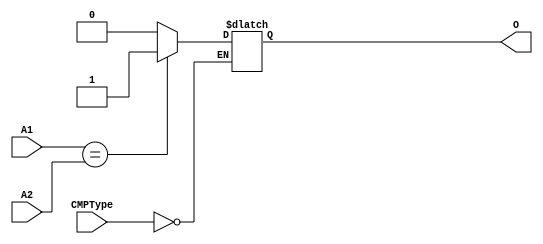
`timescale 1ns / 1ps
//////////////////////////////////////////////////////////////////////////////////
// Company: 
// Engineer: 
// 
// Design Name: 
// Module Name:    CMP 
// Project Name: 
// Target Devices: 
// Tool versions: 
// Description: 
//
// Dependencies: 
//
// Revision: 
// Revision 0.01 - File Created
// Additional Comments: 
//
//////////////////////////////////////////////////////////////////////////////////
`define BEQ 4'b0000
module CMP(
    input [31:0] A1,
    input [31:0] A2,
    input [3:0] CMPType,
    output reg O
    );
	 initial begin
		O = 1'b0;
	 end
	 always@(*) begin
		case (CMPType)
			`BEQ: begin
				if (A1 == A2) begin
					O = 1'b1;
				end
				else begin
					O = 1'b0;
				end
			end
			default: begin
			end
		endcase
	 end

endmodule